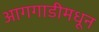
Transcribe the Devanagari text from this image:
आगगाडीमधून